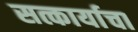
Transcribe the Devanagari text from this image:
सत्कार्याचा